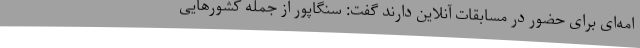
امه‌ای برای حضور در مسابقات آنلاین دارند گفت: سنگاپور از جمله کشورهایی